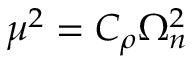
\mu ^ { 2 } = C _ { \rho } \Omega _ { n } ^ { 2 }